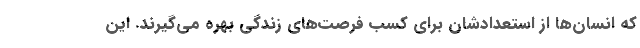
که انسان‌ها از استعدادشان برای کسب فرصت‌های زندگی بهره می‌گیرند. این